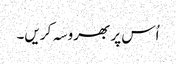
اُس پر بھروسہ کریں۔